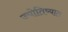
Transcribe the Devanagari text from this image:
ज्योतिष्यात